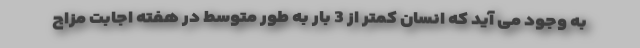
به وجود می آید که انسان کمتر از 3 بار به طور متوسط در هفته اجابت مزاج